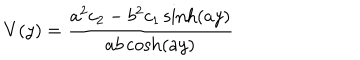
V ( y ) = { \frac { a ^ { 2 } c _ { 2 } - b ^ { 2 } c _ { 1 } \sinh ( a y ) } { a b \cosh ( a y ) } }